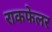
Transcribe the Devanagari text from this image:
राकफेलर